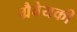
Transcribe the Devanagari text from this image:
ग्रैवेयकी